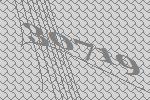
30719